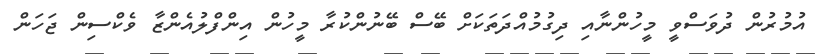
އުމުރުން ދުވަސްވީ މީހުންނާއި ދިގުމުއްދަތަކަށް ބޭސް ބޭނުންކުރާ މީހުން އިންފްލުއެންޒާ ވެކްސިން ޖަހަން